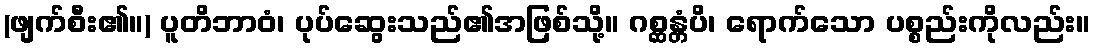
(ဖျက်စီး၏။) ပူတိဘာဝံ၊ ပုပ်ဆွေးသည်၏အဖြစ်သို့။ ဂစ္ဆန္တံပိ၊ ရောက်သော ပစ္စည်းကိုလည်း။